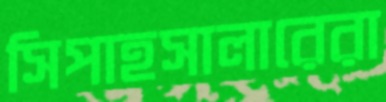
সিপাহসালারেরা